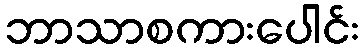
ဘာသာစကားပေါင်း